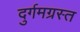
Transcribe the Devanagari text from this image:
दुर्गमग्रस्त